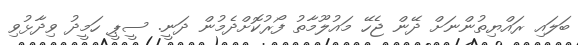
ބަލައި ރައްޔިތުންނަށް ދޭން ޖެހޭ މައުލޫމާތު ފޯރުކޮށްދެމުން ދަނީ. ސީޕީ ހަމީދު ވިދާޅުވި